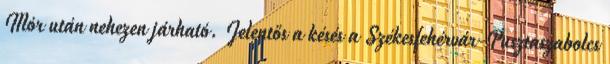
Mór után nehezen járható. Jelentős a késés a Székesfehérvár-Pusztaszabolcs